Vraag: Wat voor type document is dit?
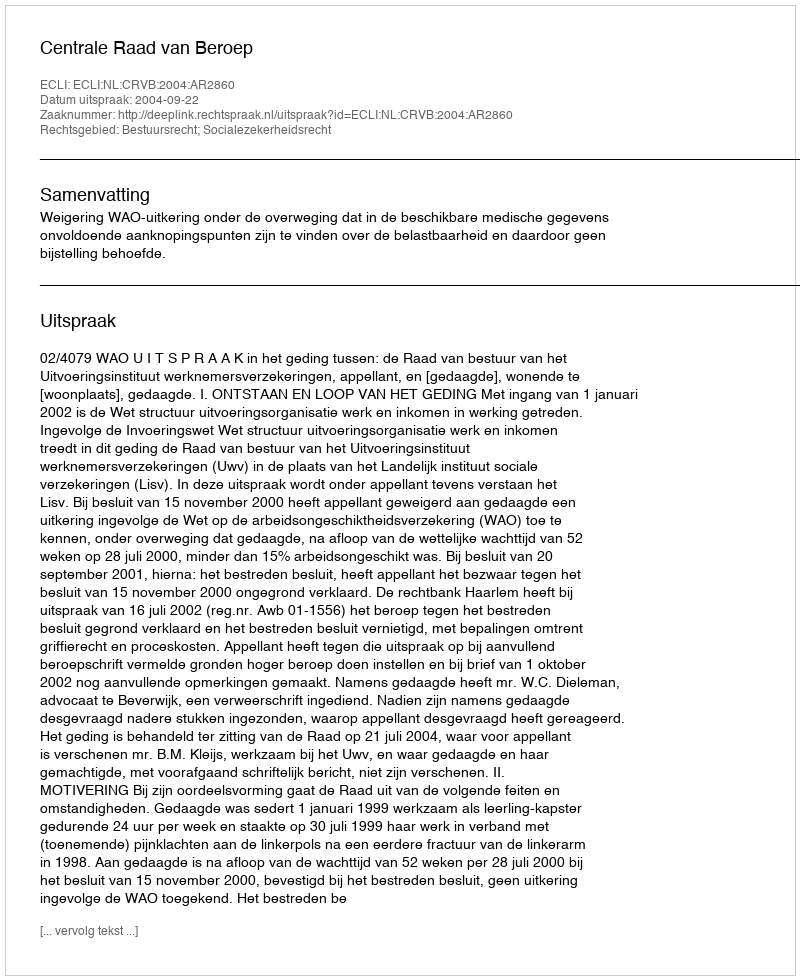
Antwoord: Uitspraak